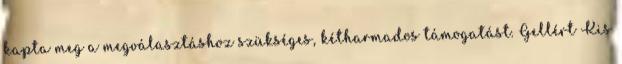
kapta meg a megválasztáshoz szükséges, kétharmados támogatást. Gellért Kis